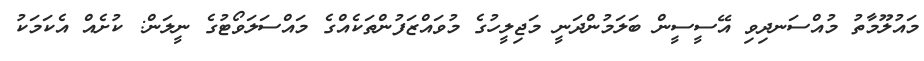
މައުލޫމާތު މުއްސަނދިވި އޭސީސީން ބަލަމުންދަނީ މަޖިލީހުގެ މުވައްޒަފުންތަކެއްގެ މައްސަލަވޯޓުގެ ނީލަން: ކުށެއް އެކަމަކު